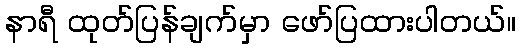
နာရီ ထုတ်ပြန်ချက်မှာ ဖော်ပြထားပါတယ်။